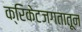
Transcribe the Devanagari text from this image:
क्रिकेटजगतातून